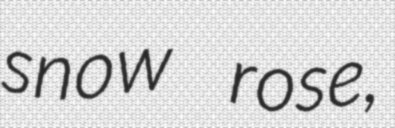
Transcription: snow rose,